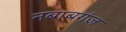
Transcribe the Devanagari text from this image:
नबाबगंज